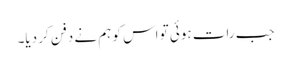
جب رات ہوئی تو اس کو ہم نے دفن کر دیا۔